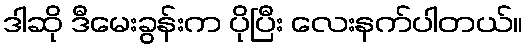
ဒါဆို ဒီမေးခွန်းက ပိုပြီး လေးနက်ပါတယ်။